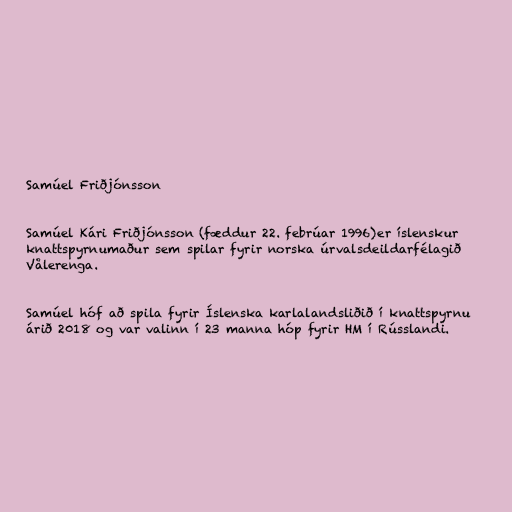
Samúel Friðjónsson

Samúel Kári Friðjónsson (fæddur 22. febrúar 1996)er íslenskur
knattspyrnumaður sem spilar fyrir norska úrvalsdeildarfélagið
Vålerenga.

Samúel hóf að spila fyrir Íslenska karlalandsliðið í knattspyrnu
árið 2018 og var valinn í 23 manna hóp fyrir HM í Rússlandi.